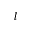
l